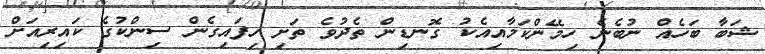
ޝަބާ ބަހެއް ނުބެނެ ހިމޭންކަމާއިއެކު ގޮނޑިން ތެދުވެ ތަށި ހިފައިގެން ސިންކުގެ ކައިރިއަށް